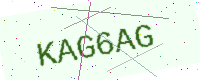
Text: KAG6AG